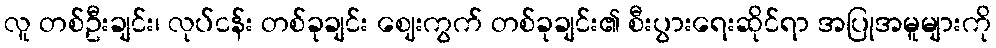
လူ တစ်ဦးချင်း၊ လုပ်ငန်း တစ်ခုချင်း ဈေးကွက် တစ်ခုချင်း၏ စီးပွားရေးဆိုင်ရာ အပြုအမူများကို